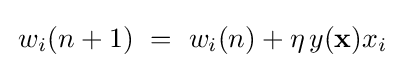
\,w_{i}(n+1)~=~w_{i}(n)+\eta \,y(\mathbf {x} )x_{i}